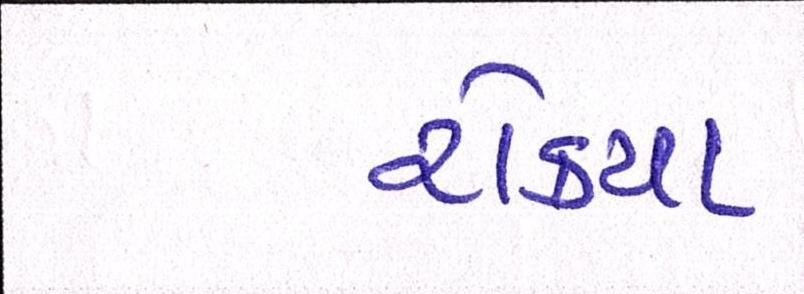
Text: રોક્યા